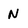
Character: N